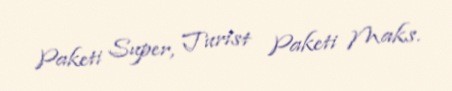
Paketi Super, Turist Paketi Maks.